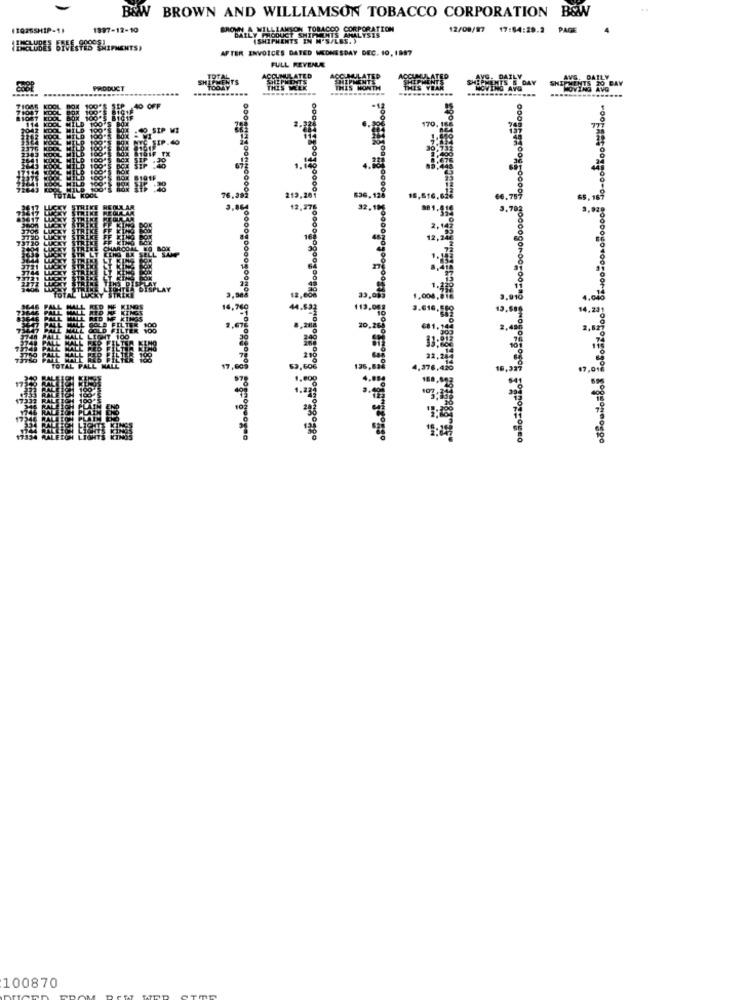
B&W BROWN AND WILLIAMSON TOBACCO CORPORATION B&W
1997-12-10
BROWN A WILLIAMSON TOBACCO CORPORATION
12/08/97
17:64:29.2
PAGE
BAILY PRODUCT SHIPMENTS ANALYSIS
ISHIPMENTS IN N'S/L
M'S/LES ..
AFTER INVOICES DATED WEDNESDAY DEC. 10, 1897
FULL REVENUE
CUMULATED
PRODUCT
.....
THIS MONTH
40 OFF
LD 100'S
170
:40.SIP MI
76.00
STRIKE REGULAR
3.00
32.
TOTAL
15,33
100870